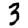
Digit: 3